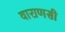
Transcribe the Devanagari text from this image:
वाराणसी